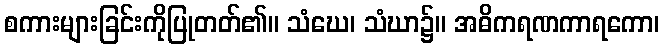
စကားများခြင်းကိုပြုတတ်၏။ သံဃေ၊ သံဃာ၌။ အဓိကရဏကာရကော၊